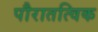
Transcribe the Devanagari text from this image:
पौरातत्विक